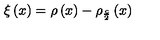
\xi \left( x \right) = \rho \left( x \right) - \rho _ { \frac { c } { 2 } } \left( x \right)